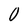
Character: O